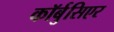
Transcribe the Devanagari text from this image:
कॉर्बुसिएर